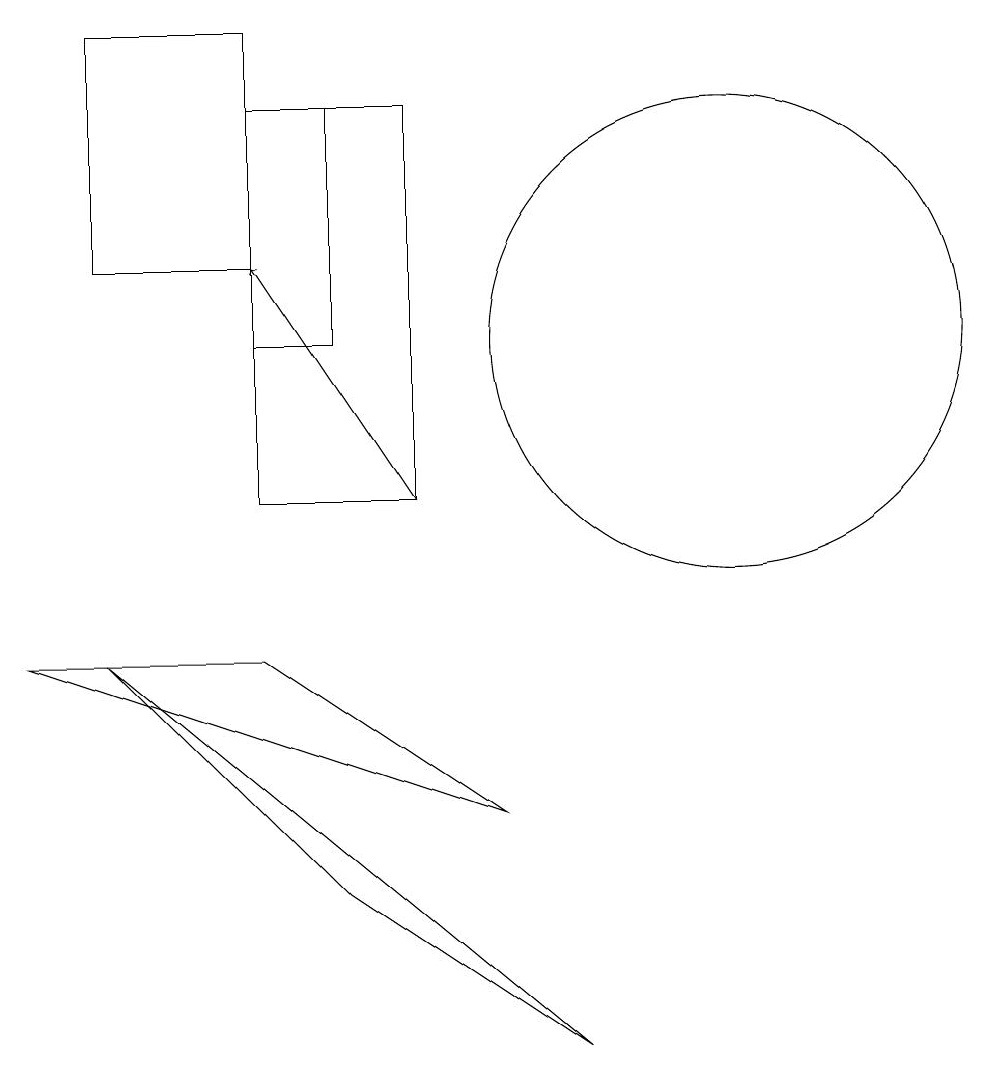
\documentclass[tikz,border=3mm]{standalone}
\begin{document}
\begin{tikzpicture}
\draw (1,8) -- (7,6) -- (4,8) -- cycle;
\draw (10,12) circle (3);
\draw (4,13) rectangle (2,16);
\draw (5,12) rectangle (4,15);
\draw (4,10) rectangle (6,15);
\draw[->] (6,10) -- (4,13);
\draw (5,5) -- (2,8) -- (8,3) -- cycle;
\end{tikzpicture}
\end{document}